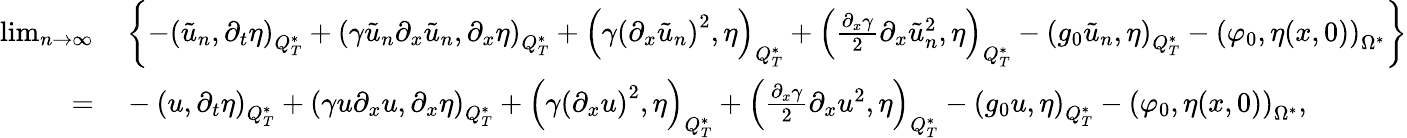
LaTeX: \begin{array}{rl}{\operatorname*{lim}_{n\rightarrow\infty}}&{{}\left\{ -\left(\tilde{u}_{n},\partial_{t}\eta\right)_{Q_{T}^{*}}+\left(\gamma\tilde{u}_{n}\partial_{x}\tilde{u}_{n},\partial_{x}\eta\right)_{Q_{T}^{*}}+\left(\gamma\left(\partial_{x}\tilde{u}_{n}\right)^{2},\eta\right)_{Q_{T}^{*}}+\left(\frac{\partial_{x}\gamma}{2}\partial_{x}\tilde{u}_{n}^{2},\eta\right)_{Q_{T}^{*}}-\left(g_{0}\tilde{u}_{n},\eta\right)_{Q_{T}^{*}}-\left(\varphi_{0},\eta(x,0)\right)_{\Omega^{*}}\right\} }\\ {=}&{{}-\left(u,\partial_{t}\eta\right)_{Q_{T}^{*}}+\left(\gamma u\partial_{x}u,\partial_{x}\eta\right)_{Q_{T}^{*}}+\left(\gamma\left(\partial_{x}u\right)^{2},\eta\right)_{Q_{T}^{*}}+\left(\frac{\partial_{x}\gamma}{2}\partial_{x}u^{2},\eta\right)_{Q_{T}^{*}}-\left(g_{0}u,\eta\right)_{Q_{T}^{*}}-\left(\varphi_{0},\eta(x,0)\right)_{\Omega^{*}},}\end{array}